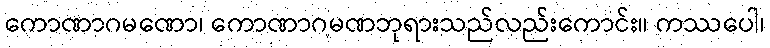
ကောဏာဂမဏော၊ ကောဏာဂမဏဘုရားသည်လည်းကောင်း။ ကဿပေါ၊